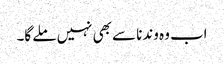
اب وہ وندنا سے بھی نہیں ملے گا۔